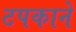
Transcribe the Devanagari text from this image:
टपकाने